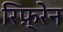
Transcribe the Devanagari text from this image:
रिफ़्रेन